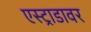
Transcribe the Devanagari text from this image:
एस्ट्राडावर